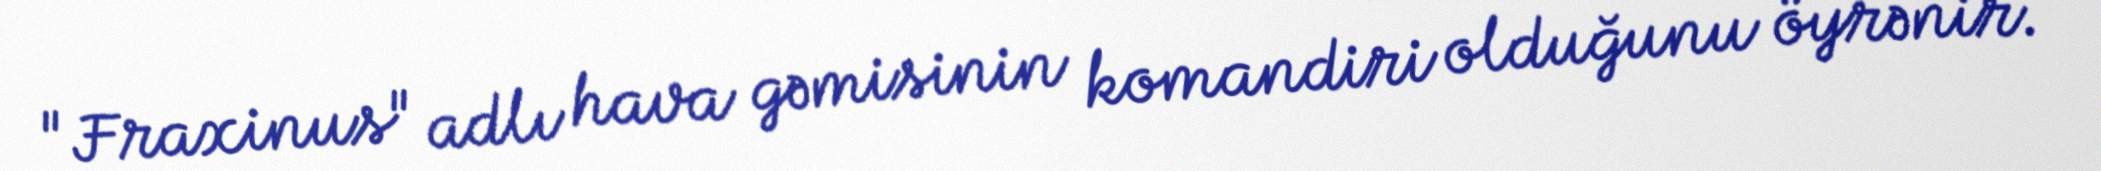
"Fraxinus" adlı hava gəmisinin komandiri olduğunu öyrənir.